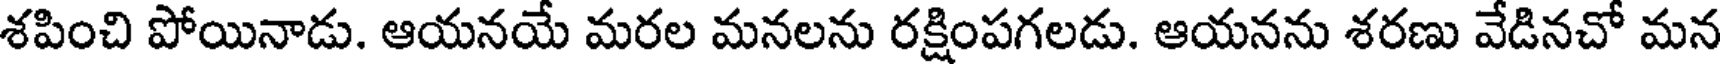
శపించి పోయినాడు. ఆయనయే మరల మనలను రక్షింపగలడు. ఆయనను శరణు వేడినచో మన